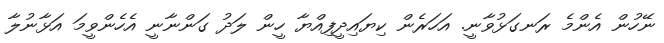
ނޭހުން އެންމެ ރަނގަޅުވާނީ. އަހަރެން ކިޔައިދީފިއްޔާ ހީން ލަދު ގަންނާނީ އެހެންވީމަ އަޅާނުލާ